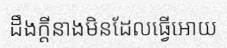
ដឹងក្តីនាងមិនដែលធ្វើអោយ